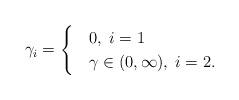
LaTeX: \begin{align*} \gamma_i=\begin{cases} & 0,\; i=1\\& \gamma\in(0,\infty),\; i=2. \end{cases} \end{align*}